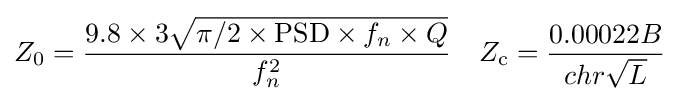
Z_{0}={\frac {9.8\times 3{\sqrt {\pi /2\times {\text{PSD}}\times f_{n}\times Q}}}{f_{n}^{2}}}\quad Z_{\text{c}}={\frac {0.00022B}{chr{\sqrt {L}}}}